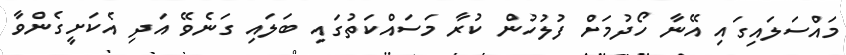
މައްސަލައިގައި އޭނާ ހޯދުމަށް ފުލުހުން ކުރާ މަސައްކަތުގައި ބަލައި ގަނެވޭ އަދި އެކަށީގެންވާ